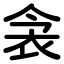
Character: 衾